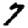
Digit: 7